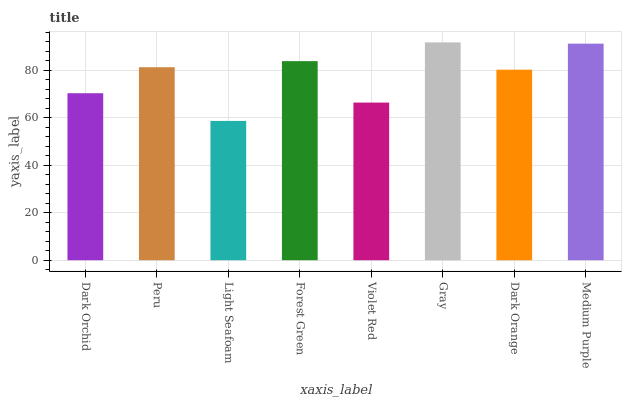
| xaxis_label | bars |
 | --- | --- |
 | Dark Orchid | 70.4 |
 | Peru | 81.3 |
 | Light Seafoam | 58.7 |
 | Forest Green | 83.9 |
 | Violet Red | 66.4 |
 | Gray | 91.8 |
 | Dark Orange | 80.3 |
 | Medium Purple | 91.3 |